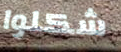
شكلوا